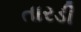
તારડી